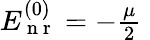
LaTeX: \begin{array}{r}{E_{\mathrm{~n~r~}}^{(0)}=-\frac{\mu}{2}\; }\end{array}